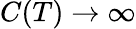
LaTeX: C(T)\to\infty